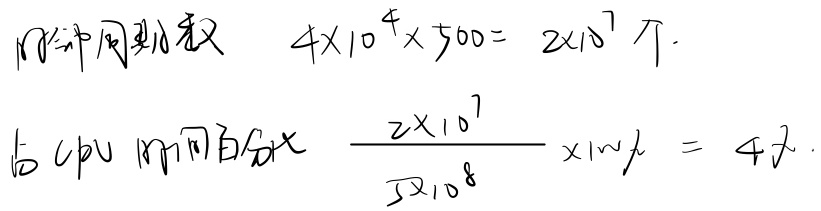
1秒钟周期数为 \(4\times 10^{4}\times 500 = 2\times 10^{7}\) 个。占CPU时间百分比为 \(\frac{2\times 10^{7}}{5\times 10^{8}}\times 100\% = 4\%\)。